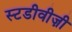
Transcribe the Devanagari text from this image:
स्टडीवीज़ी